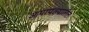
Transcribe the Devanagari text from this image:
आपापल्यातील